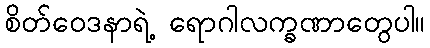
စိတ်ဝေဒနာရဲ့ ရောဂါလက္ခဏာတွေပါ။